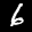
Label: 6